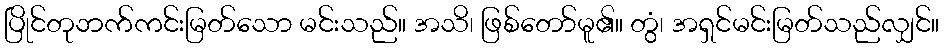
ပြိုင်တုဘက်ကင်းမြတ်သော မင်းသည်။ အသိ၊ ဖြစ်တော်မူ၏။ တွံ၊ အရှင်မင်းမြတ်သည်လျှင်။